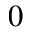
0